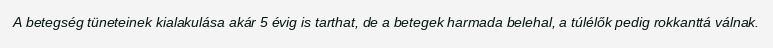
A betegség tüneteinek kialakulása akár 5 évig is tarthat, de a betegek harmada belehal, a túlélők pedig rokkanttá válnak.